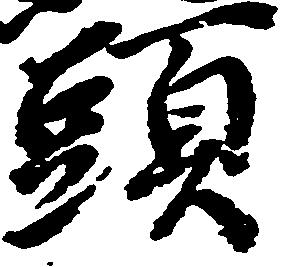
頭